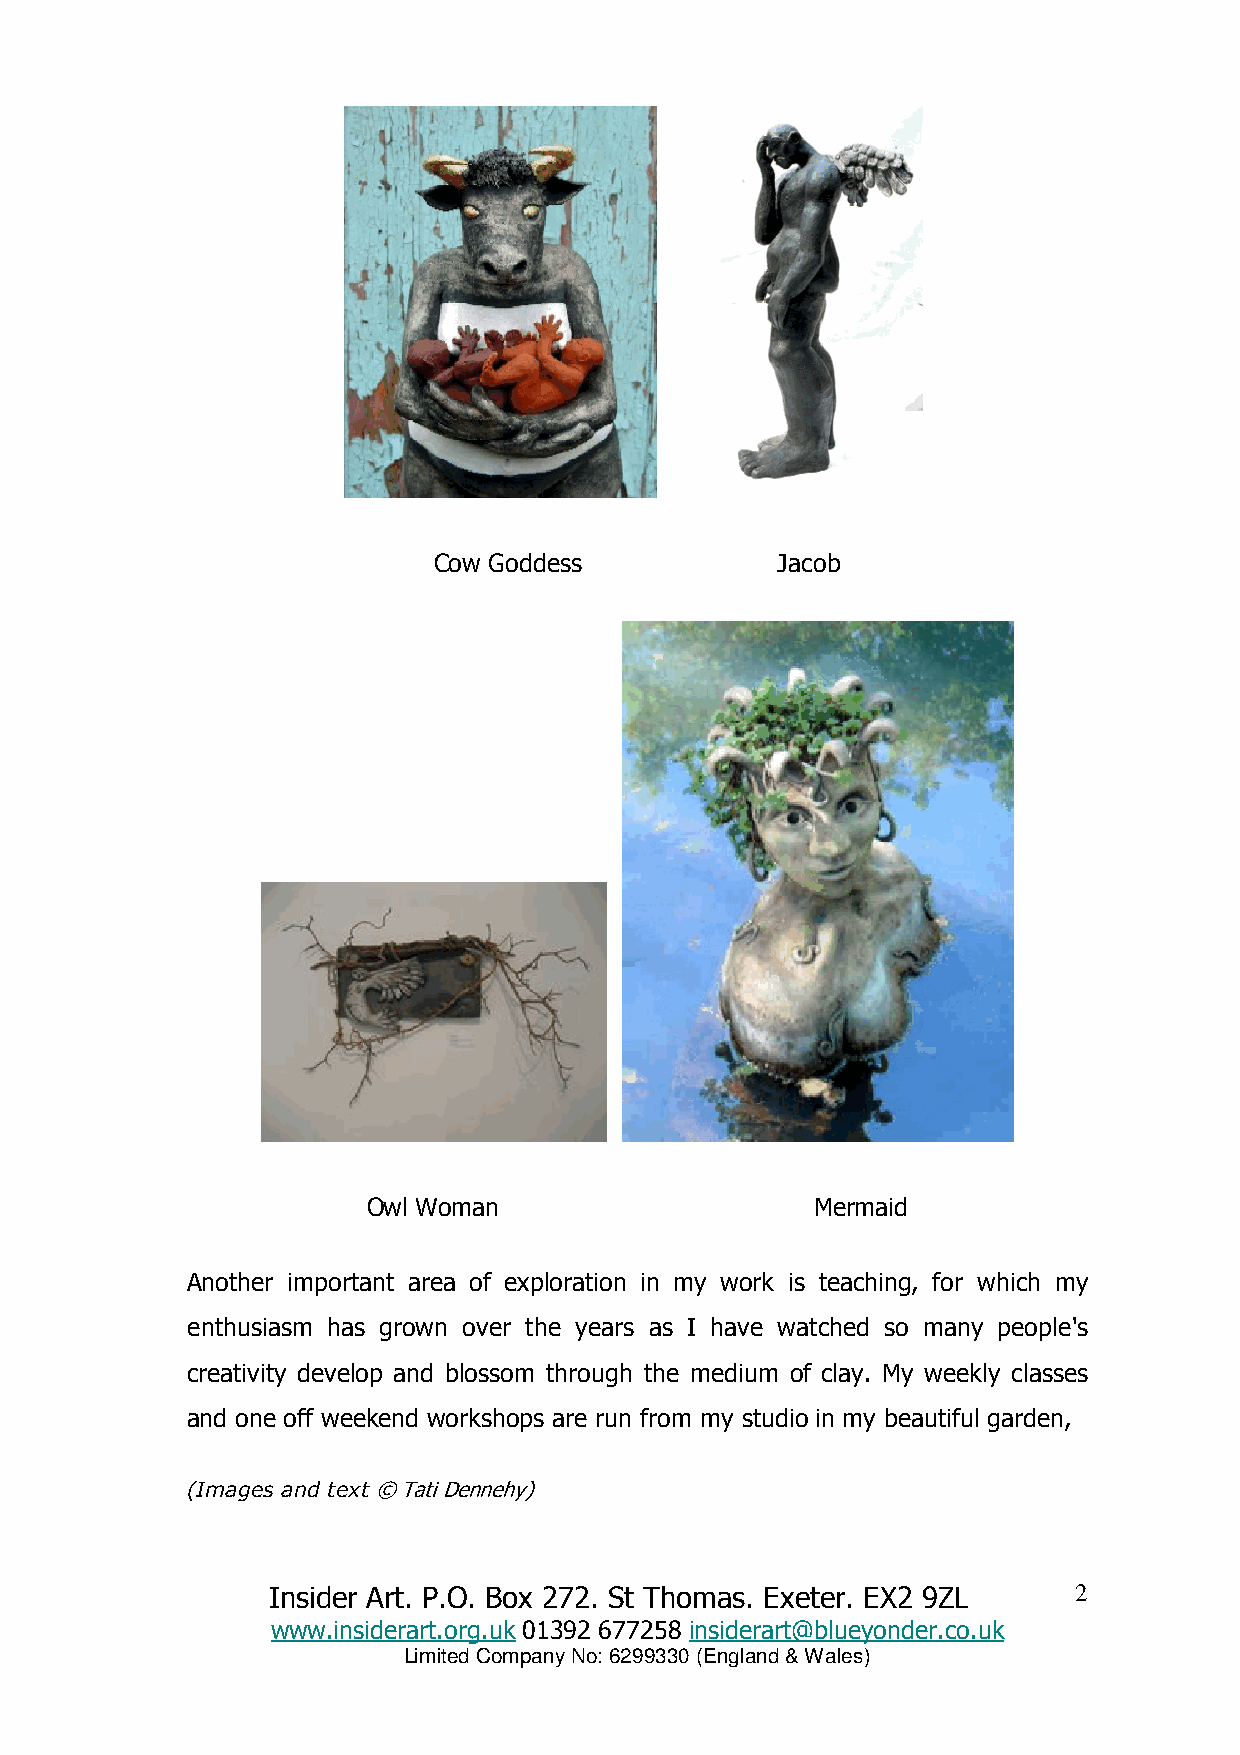
Cow Goddess            Jacob
 Owl Woman                     Mermaid
 Another important area of exploration in my work is teaching, for which my
 enthusiasm has grown over the years as I have watched so many people's
 creativity develop and blossom through the medium of clay. My weekly classes
 and one off weekend workshops are run from my studio in my beautiful garden,
 (Images and text © Tati Dennehy)
 2
 Insider Art. P.O. Box 272. St Thomas. Exeter. EX2 9ZL
 www.insiderart.org.uk 01392 677258 insiderart@blueyonder.co.uk
 Limited Company No: 6299330 (England & Wales)